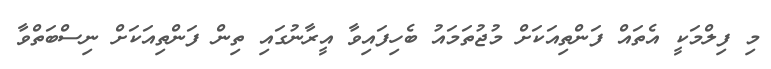
މި ފިލްމަކީ އެތައް ފަންތިއަކަށް މުޖުތަމައު ބެހިފައިވާ އީރާނުގައި ތިން ފަންތިއަކަށް ނިސްބަތްވާ